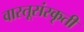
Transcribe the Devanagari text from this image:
वास्तूसंस्कृती